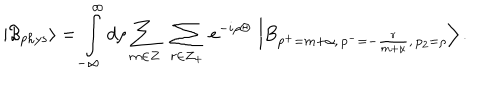
\left| \mathcal { B } _ { p h y s } \right\rangle = \int _ { - \infty } ^ { \infty } d \rho \sum _ { m \in Z } \ \sum _ { r \in Z _ { + } } \, e ^ { - i \rho \Theta } \, \left| B _ { p ^ { + } = m + \alpha , \, p ^ { - } = - \frac { r } { m + \alpha } , \, p _ { 2 } = \rho } \right\rangle .